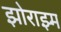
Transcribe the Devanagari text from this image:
झोराझ्म